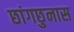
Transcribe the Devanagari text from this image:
छांगछुनास